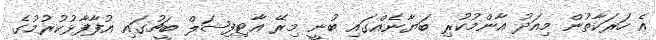
އެ ހަރަކާތުން މިއަދު އާންމުކުރި ބަޔާނެއްގައި ބުނީ މިރޭ އާޓިފިޝަލް ބީޗުގައި އުފާފާޅުކުރުމުގެ